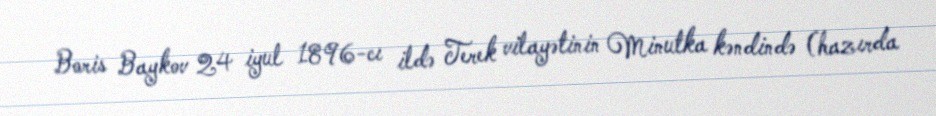
Boris Baykov 24 iyul 1896-cı ildə Terek vilayətinin Minutka kəndində (hazırda